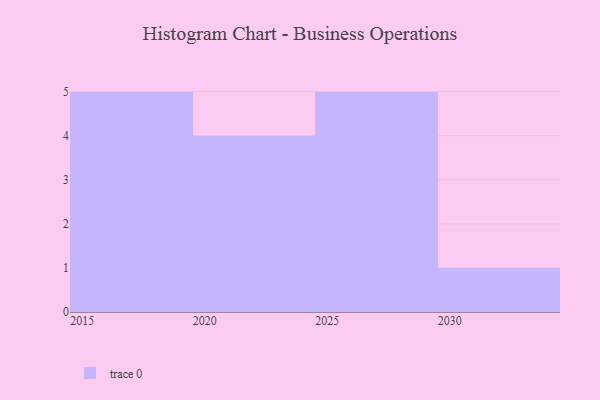
{"axis": {"x": "Year", "y": "Net Income (USD K)"}, "legend": [""], "data": [{"x": "2015", "y": 98, "type": ""}, {"x": "2019", "y": 40, "type": ""}, {"x": "2030", "y": 53, "type": ""}, {"x": "2021", "y": 84, "type": ""}, {"x": "2029", "y": 63, "type": ""}, {"x": "2026", "y": 13, "type": ""}, {"x": "2027", "y": 87, "type": ""}, {"x": "2024", "y": 70, "type": ""}, {"x": "2018", "y": 11, "type": ""}, {"x": "2020", "y": 81, "type": ""}, {"x": "2028", "y": 45, "type": ""}, {"x": "2023", "y": 87, "type": ""}, {"x": "2016", "y": 47, "type": ""}, {"x": "2017", "y": 63, "type": ""}, {"x": "2025", "y": 85, "type": ""}]}